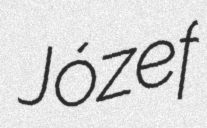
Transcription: Józef